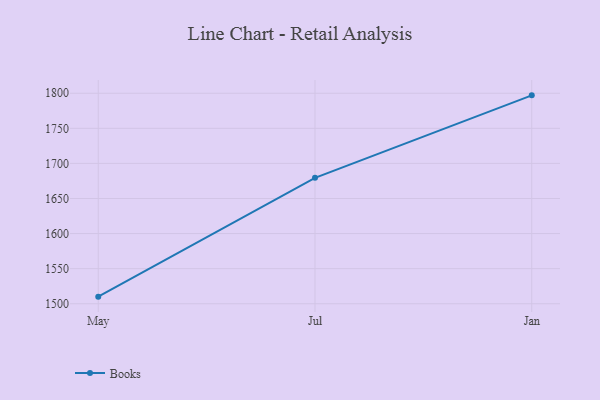
{"axis": {"x": "Month", "y": "Latency (ms)"}, "legend": ["Books"], "data": [{"x": "May", "y": 1510.1, "type": "Books"}, {"x": "Jul", "y": 1679.5, "type": "Books"}, {"x": "Jan", "y": 1797.0, "type": "Books"}]}